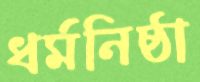
ধর্মনিষ্ঠা